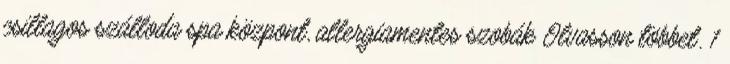
csillagos szálloda spa központ, allergiamentes szobák Olvasson többet. 1